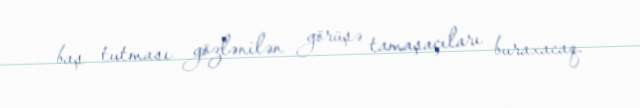
baş tutması gözlənilən görüşə tamaşaçıları buraxacaq.